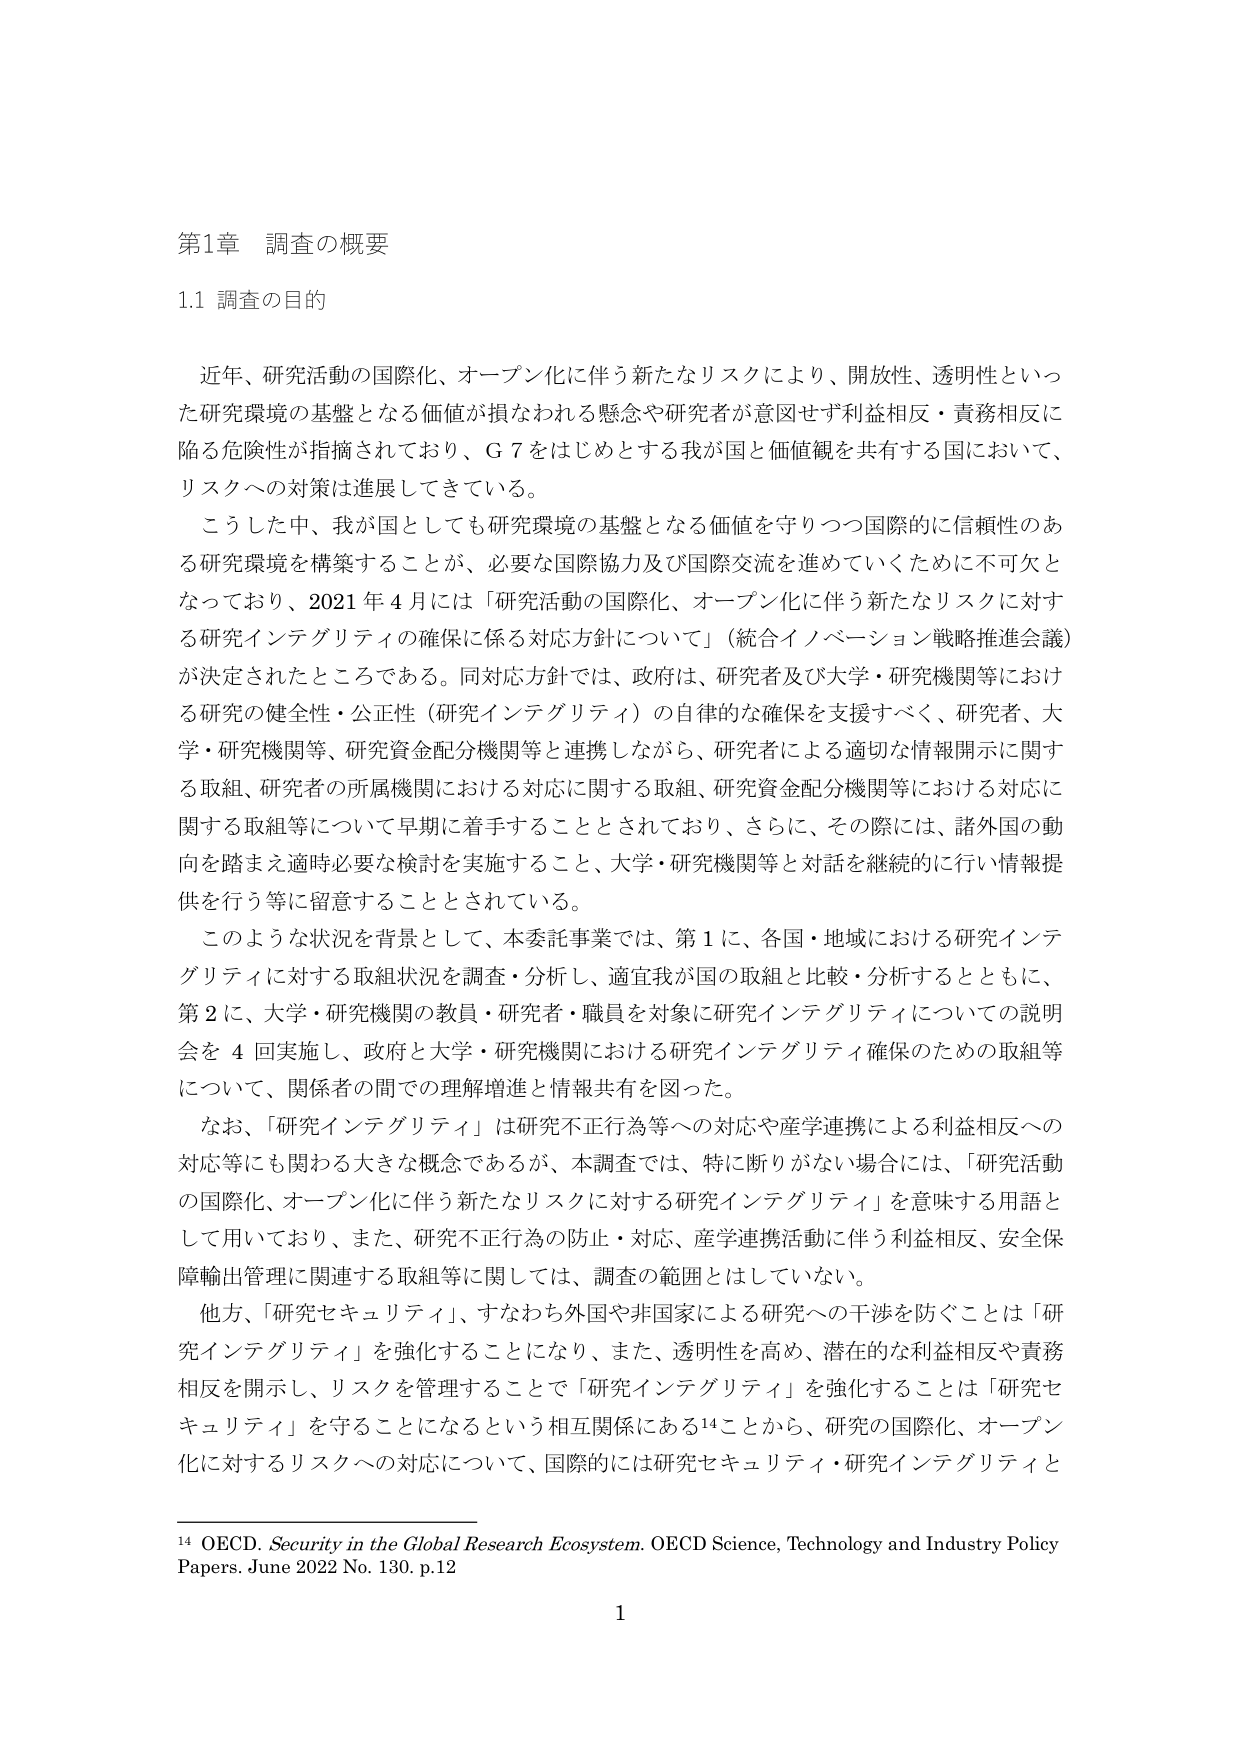
第1章 調査の概要

1.1 調査の目的

近年、研究活動の国際化、オープン化に伴う新たなリスクにより、開放性、透明性といった研究環境の基盤となる価値が損なわれる懸念や研究者が意図せず利益相反・責務相反に陥る危険性が指摘されており、G7をはじめとする我が国と価値観を共有する国において、リスクへの対策は進展してきている。

こうした中、我が国としても研究環境の基盤となる価値を守りつつ国際的に信頼性のある研究環境を構築することが、必要な国際協力及び国際交流を進めていくために不可欠となっており、2021年4月には「研究活動の国際化、オープン化に伴う新たなリスクに対する研究インテグリティの確保に係る対応方針について」（統合イノベーション戦略推進会議）が決定されたところである。同対応方針では、政府は、研究者及び大学・研究機関等における研究の健全性・公正性（研究インテグリティ）の自律的な確保を支援すべく、研究者、大学・研究機関等、研究資金配分機関等と連携しながら、研究者による適切な情報開示に関する取組、研究者の所属機関における対応に関する取組、研究資金配分機関等における対応に関する取組等について早期に着手することとされており、さらに、その際には、諸外国の動向を踏まえ適時必要な検討を実施すること、大学・研究機関等と対話を継続的に行い情報提供を行う等に留意することとされている。

このような状況を背景として、本委託事業では、第1に、各国・地域における研究インテグリティに対する取組状況を調査・分析し、適宜我が国の取組と比較・分析するとともに、第2に、大学・研究機関の教員・研究者・職員を対象に研究インテグリティについての説明会を4回実施し、政府と大学・研究機関における研究インテグリティ確保のための取組等について、関係者の間での理解増進と情報共有を図った。

なお、「研究インテグリティ」は研究不正行為等への対応や産学連携による利益相反への対応等にも関わる大きな概念であるが、本調査では、特に断りがない場合には、「研究活動の国際化、オープン化に伴う新たなリスクに対する研究インテグリティ」を意味する用語として用いており、また、研究不正行為の防止・対応、産学連携活動に伴う利益相反、安全保障輸出管理に関連する取組等に関しては、調査の範囲とはしていない。

他方、「研究セキュリティ」、すなわち外国や非国家による研究への干渉を防ぐことは「研究インテグリティ」を強化することになり、また、透明性を高め、潜在的な利益相反や責務相反を開示し、リスクを管理することで「研究インテグリティ」を強化することは「研究セキュリティ」を守ることになるという相互関係にある14ことから、研究の国際化、オープン化に対するリスクへの対応について、国際的には研究セキュリティ・研究インテグリティと

14 OECD. Security in the Global Research Ecosystem. OECD Science, Technology and Industry Policy Papers. June 2022 No. 130. p.12

1